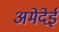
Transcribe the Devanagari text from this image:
अमेदेई